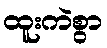
ထူးကဲစွာ